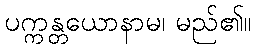
ပက္ကန္တယောနာမ၊ မည်၏။